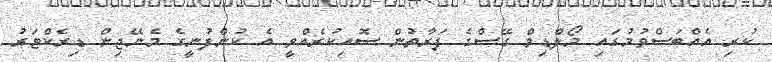
ކުރި އެއްބަސްވުމުގައި މޯލްޑިވް ގޭސްގެ ފަރާތުން ސޮއިކުރެއްވީ އެ ކުންފުނީގެ މެނޭޖިން ޑިރެކްޓަރު